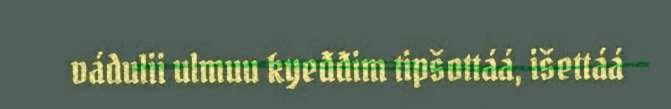
vádulii ulmuu kyeđđim tipšottáá, išettáá